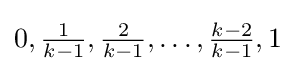
0,{\tfrac {1}{k-1}},{\tfrac {2}{k-1}},\ldots ,{\tfrac {k-2}{k-1}},1